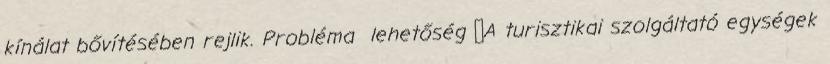
kínálat bővítésében rejlik. Probléma lehetőség ▪A turisztikai szolgáltató egységek